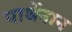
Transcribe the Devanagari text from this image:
पाथेंनान